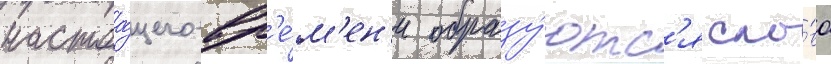
настоа́щего вр'е́м'ен'и образу́ютс'я сло́ва